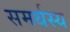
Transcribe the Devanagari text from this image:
समर्थस्य